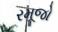
રમૂજો